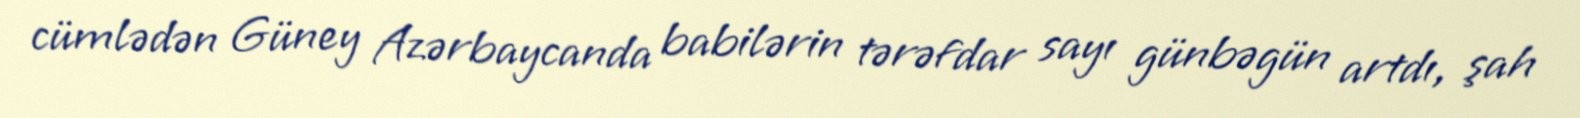
cümlədən Güney Azərbaycanda babilərin tərəfdar sayı günbəgün artdı, şah